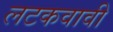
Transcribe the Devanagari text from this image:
लटकवावी